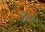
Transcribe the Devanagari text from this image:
अनात्मं